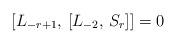
LaTeX: \begin{align*} [L_{-r+1}, \, [L_{-2}, \, S_r]] = 0\end{align*}